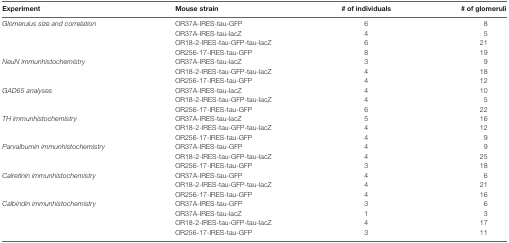
<table><thead><tr><td><b>Experiment</b></td><td><b>Mouse strain</b></td><td><b># of individuals</b></td><td><b># of glomeruli</b></td></tr></thead><tbody><tr><td><i>Glomerulus size and correlation</i></td><td>OR37A-IRES-tau-GFP</td><td>6</td><td>8</td></tr><tr><td></td><td>OR37A-IRES-tau-lacZ</td><td>4</td><td>5</td></tr><tr><td></td><td>OR18-2-IRES-tau-GFP-tau-lacZ</td><td>6</td><td>21</td></tr><tr><td></td><td>OR256-17-IRES-tau-GFP</td><td>8</td><td>19</td></tr><tr><td><i>NeuN immunhistochemistry</i></td><td>OR37A-IRES-tau-lacZ</td><td>3</td><td>9</td></tr><tr><td></td><td>OR18-2-IRES-tau-GFP-tau-lacZ</td><td>4</td><td>18</td></tr><tr><td></td><td>OR256-17-IRES-tau-GFP</td><td>4</td><td>12</td></tr><tr><td><i>GAD65 analyses</i></td><td>OR37A-IRES-tau-lacZ</td><td>4</td><td>10</td></tr><tr><td></td><td>OR18-2-IRES-tau-GFP-tau-lacZ</td><td>4</td><td>5</td></tr><tr><td></td><td>OR256-17-IRES-tau-GFP</td><td>6</td><td>22</td></tr><tr><td><i>TH immunhistochemistry</i></td><td>OR37A-IRES-tau-lacZ</td><td>5</td><td>16</td></tr><tr><td></td><td>OR18-2-IRES-tau-GFP-tau-lacZ</td><td>4</td><td>12</td></tr><tr><td></td><td>OR256-17-IRES-tau-GFP</td><td>4</td><td>9</td></tr><tr><td><i>Parvalbumin immunhistochemistry</i></td><td>OR37A-IRES-tau-GFP</td><td>4</td><td>9</td></tr><tr><td></td><td>OR18-2-IRES-tau-GFP-tau-lacZ</td><td>4</td><td>25</td></tr><tr><td></td><td>OR256-17-IRES-tau-GFP</td><td>3</td><td>18</td></tr><tr><td><i>Calretinin immunhistochemistry</i></td><td>OR37A-IRES-tau-GFP</td><td>4</td><td>6</td></tr><tr><td></td><td>OR18-2-IRES-tau-GFP-tau-lacZ</td><td>4</td><td>21</td></tr><tr><td></td><td>OR256-17-IRES-tau-GFP</td><td>4</td><td>16</td></tr><tr><td><i>Calbindin immunhistochemistry</i></td><td>OR37A-IRES-tau-GFP</td><td>3</td><td>6</td></tr><tr><td></td><td>OR37A-IRES-tau-lacZ</td><td>1</td><td>3</td></tr><tr><td></td><td>OR18-2-IRES-tau-GFP-tau-lacZ</td><td>4</td><td>17</td></tr><tr><td></td><td>OR256-17-IRES-tau-GFP</td><td>3</td><td>11</td></tr></tbody></table>